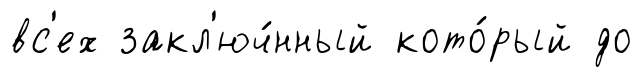
вс'ех закл'юч́нный кото́рый до